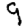
Digit: 9